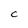
Character: C